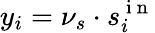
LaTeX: y_{i}=\nu_{s}\cdot s_{i}^{\mathrm{~i~n~}}